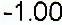
-1.00